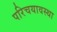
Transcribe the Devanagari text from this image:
परिचयावस्था